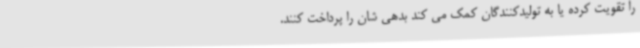
را تقویت کرده یا به تولیدکنندگان کمک می کند بدهی شان را پرداخت کنند.